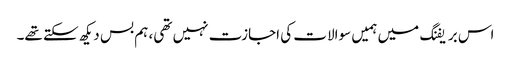
اس بریفنگ میں ہمیں سوالات کی اجازت نہیں تھی، ہم بس دیکھ سکتے تھے۔